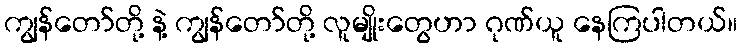
ကျွန်တော်တို့ နဲ့ ကျွန်တော်တို့ လူမျိုးတွေဟာ ဂုဏ်ယူ နေကြပါတယ်။